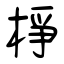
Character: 棦